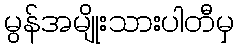
မွန်အမျိုးသားပါတီမှ